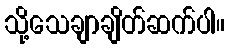
သို့သေချာချိတ်ဆက်ပါ။